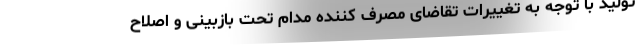
تولید با توجه به تغییرات تقاضای مصرف کننده مدام تحت بازبینی و اصلاح